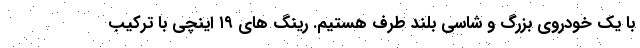
با یک خودروی بزرگ و شاسی بلند طرف هستیم. رینگ های ۱۹ اینچی با ترکیب